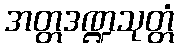
အတ္တဒဏ္ဍသုတ္တံ